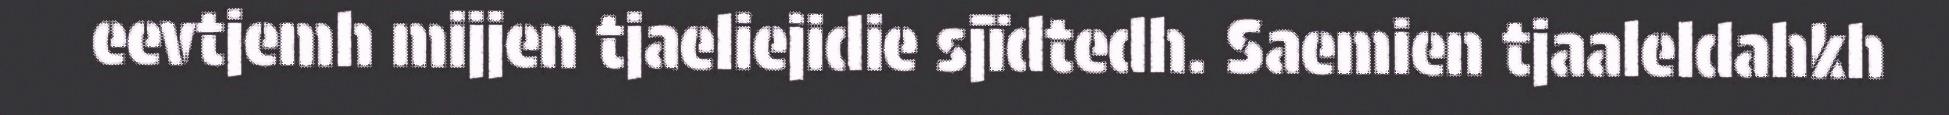
eevtjemh mijjen tjaeliejidie sjïdtedh. Saemien tjaaleldahkh